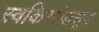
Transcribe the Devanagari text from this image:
स्वकियांपासून